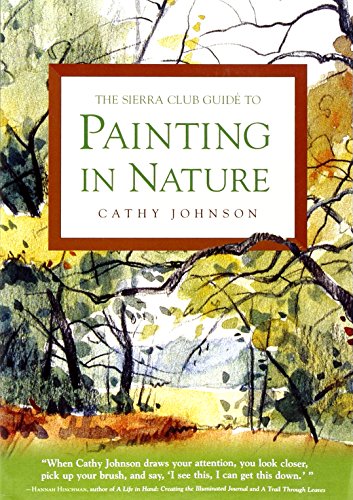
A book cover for The Sierra Club Guide to Painting in Nature (Sierra Club Books Publication); Cathy Johnson; Arts & Photography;